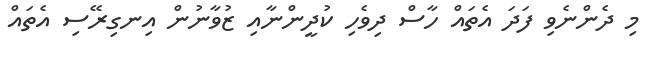
މި ދެންނެވި ފަދަ އެތައް ހާސް ދިވެހި ކުދީންނާއި ޒުވާނުން އިނގިރޭސި އެތައް